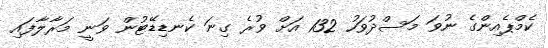
ކެމްޕެއިންގެ ނުވަ މަސްދުވަހު 132 އަށް ވުރެ ގިނަ ކެނޑިޑޭޓުން ވަނީ މަރާލާފައި